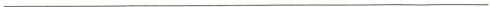
___